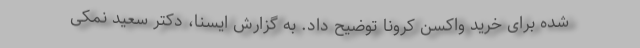
شده برای خرید واکسن کرونا توضیح داد. به گزارش ایسنا، دکتر سعید نمکی